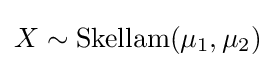
X\sim \operatorname {Skellam} (\mu _{1},\mu _{2})